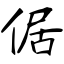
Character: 倨